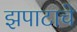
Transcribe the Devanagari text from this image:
झपाटाचे